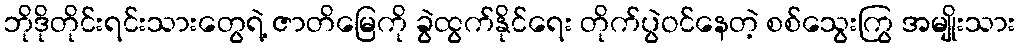
ဘိုဒိုတိုင်းရင်းသားတွေရဲ့ ဇာတိမြေကို ခွဲထွက်နိုင်ရေး တိုက်ပွဲဝင်နေတဲ့ စစ်သွေးကြွ အမျိုးသား